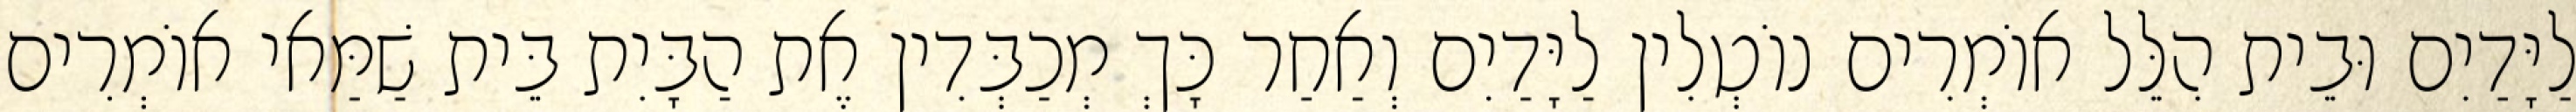
לַיָּדַיִם וּבֵית הִלֵּל אוֹמְרִים נוֹטְלִין לַיָּדַיִם וְאַחַר כָּךְ מְכַבְּדִין אֶת הַבָּיִת בֵּית שַׁמַּאי אוֹמְרִים